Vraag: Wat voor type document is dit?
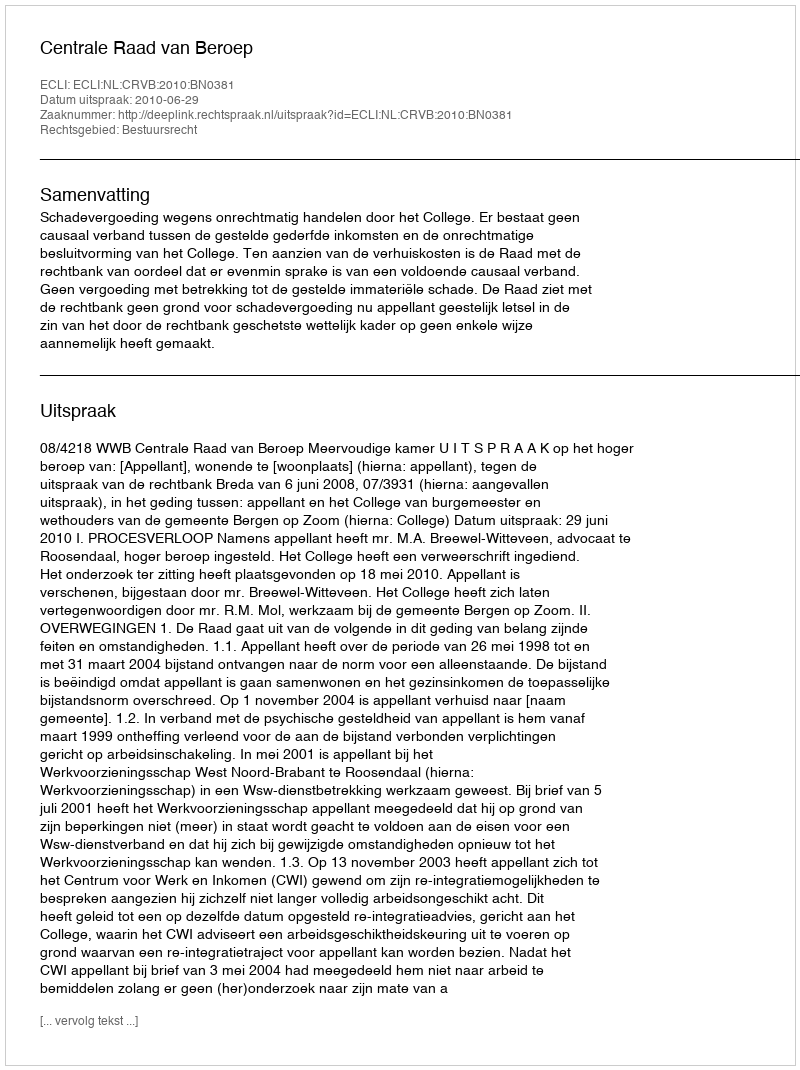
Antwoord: Uitspraak